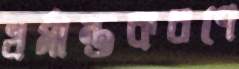
ধর্মান্তকরণে